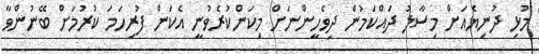
މުޅި ދުނިޔެއަށް މިސާލު ދައްކަމުން ދިވެހީންނަށް މިކަންކުރެވުނީ އެކަން ފުރިހަމަ ކުރުމަށް ބޭނުންވާ